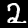
Digit: 2